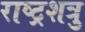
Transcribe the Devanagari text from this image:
राष्ट्रशत्रु